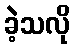
ခဲ့သလို